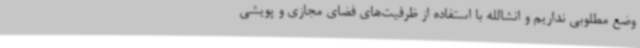
وضع مطلوبی نداریم و انشالله با استفاده از ظرفیت‌های فضای مجازی و پویشی